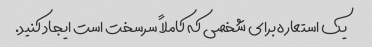
یک استعاره برای شخصی که کاملاً سرسخت است ایجاد کنید.